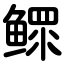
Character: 鳏